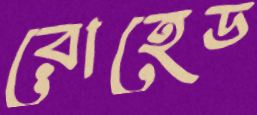
রোহেড